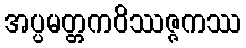
အပ္ပမတ္တကဝိဿဇ္ဇကဿ